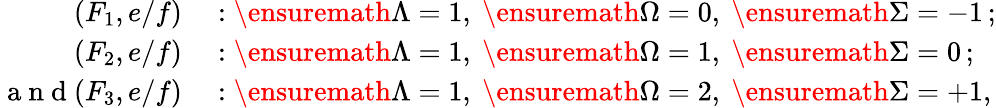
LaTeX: \begin{array}{rl}{(F_{1},e/f)}&{{}:\ensuremath{\Lambda}=1,\ \ensuremath{\Omega}=0,\ \ensuremath{\Sigma}=-1\, ;}\\ {(F_{2},e/f)}&{{}:\ensuremath{\Lambda}=1,\ \ensuremath{\Omega}=1,\ \ensuremath{\Sigma}=0\, ;}\\ {\mathrm{~a~n~d~}(F_{3},e/f)}&{{}:\ensuremath{\Lambda}=1,\ \ensuremath{\Omega}=2,\ \ensuremath{\Sigma}=+1,}\end{array}